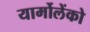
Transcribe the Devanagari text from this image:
यार्मोलेंको